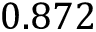
0 . 8 7 2